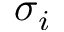
\sigma _ { i }